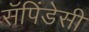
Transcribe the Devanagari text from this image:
सॅपिंडेसी